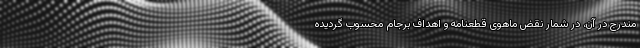
مندرج در آن، در شمار نقض ماهوی قطعنامه و اهداف برجام محسوب گردیده